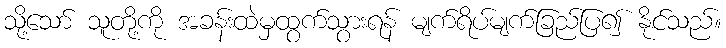
သို့သော် သူတို့ကို အခန်းထဲမှထွက်သွားရန် မျက်ရိပ်မျက်ခြည်ပြ၍ နိုင်သည်။